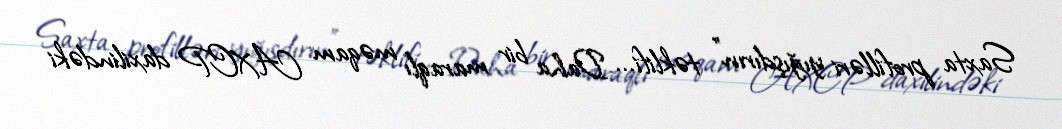
Saxta profilləri yığışdırın" təklifi... Daha bir maraqlı məqam AXCP daxilindəki